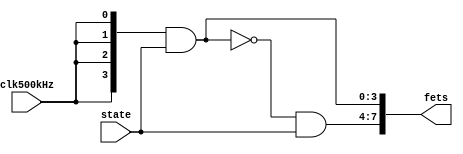
module CapBoardDriver(clk500kHz,state,fets);
	input clk500kHz;
	input [3:0] state;
	output [7:0] fets;
	assign fets[3:0]={4{clk500kHz}} & state;
	assign fets[7:4]=(~fets[3:0]) & state; 
endmodule